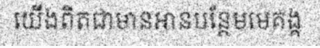
យើងពិតជាមានអានបន្ថែមមេគង្គ